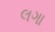
લગા